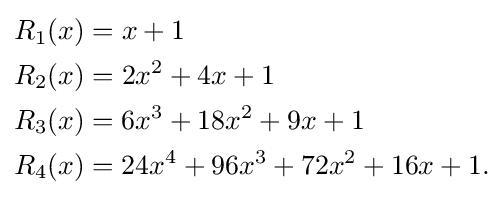
{\begin{aligned}R_{1}(x)&=x+1\\R_{2}(x)&=2x^{2}+4x+1\\R_{3}(x)&=6x^{3}+18x^{2}+9x+1\\R_{4}(x)&=24x^{4}+96x^{3}+72x^{2}+16x+1.\end{aligned}}